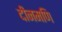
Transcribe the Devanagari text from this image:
दीनमणि